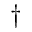
\dagger